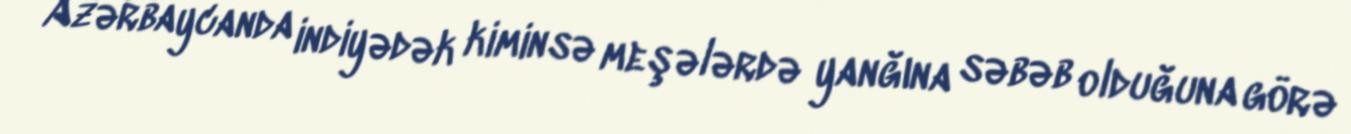
Azərbaycanda indiyədək kiminsə meşələrdə yanğına səbəb olduğuna görə